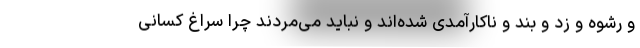
و رشوه و زد و بند و ناکارآمدی شده‌اند و نباید می‌مردند چرا سراغ کسانی